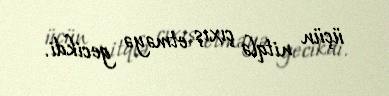
üçün nitqlə çıxış etməyə gecikdi.